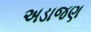
અડાજણ